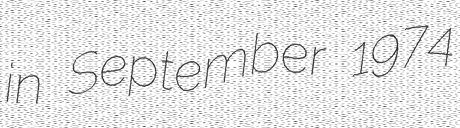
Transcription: in September 1974